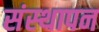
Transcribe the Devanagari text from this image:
संस्‍थापन